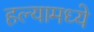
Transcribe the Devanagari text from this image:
हल्यामध्ये